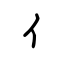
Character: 亻